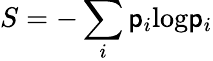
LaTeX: S=-\sum_{i}\mathsf{p}_{i}\mathrm{{log}}\mathsf{p}_{i}